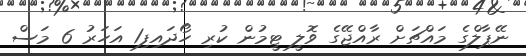
ނޭޕާލްގެ މައްޗަށް ރާއްޖޭގެ ވޮލީ ޓީމުން ކުރި ހޯދައިފި1 އަހަރު 6 މަސް